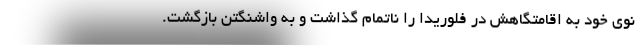
نوی خود به اقامتگاهش در فلوریدا را ناتمام گذاشت و به واشنگتن بازگشت.